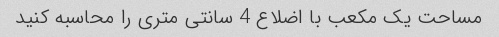
مساحت یک مکعب با اضلاع 4 سانتی متری را محاسبه کنید